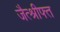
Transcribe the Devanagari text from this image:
जैत्श्रीफ्त